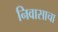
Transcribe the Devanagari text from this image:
निवासाचा